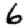
Digit: 6